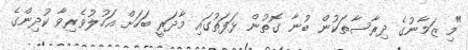
"މި ޒަމާނުގެ ދިރާސާތަކުން ބުނާ ގޮތުން ޅަފަތުގައި މާދަރީ ބަހަށް އަހުލުވެރިވާ ކުދިންގެ